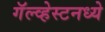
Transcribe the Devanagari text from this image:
गॅल्व्हेस्टनध्ये